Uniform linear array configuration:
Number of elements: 8
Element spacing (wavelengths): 0.25
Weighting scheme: hamming
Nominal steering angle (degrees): -45
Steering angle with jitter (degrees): -45.957
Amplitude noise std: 0.05
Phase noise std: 0.05

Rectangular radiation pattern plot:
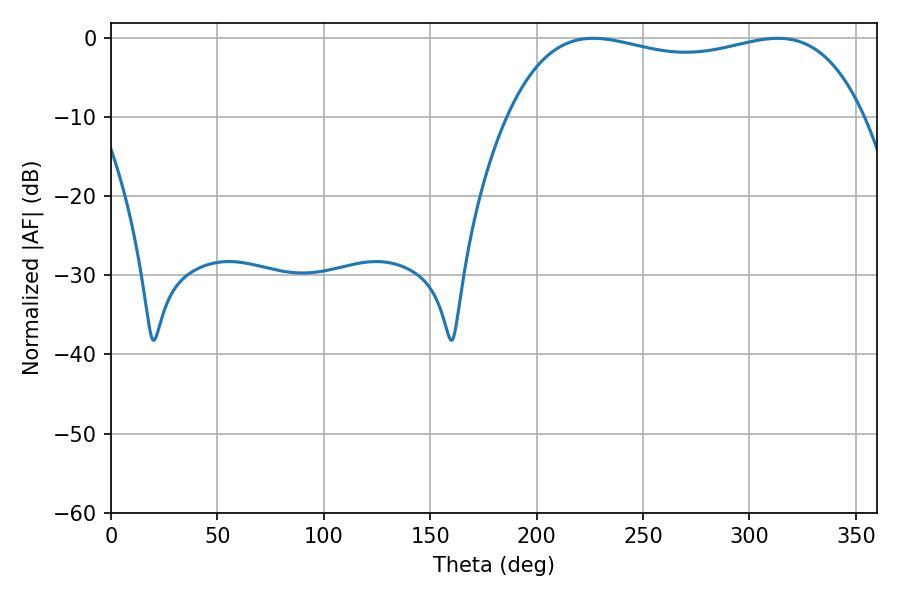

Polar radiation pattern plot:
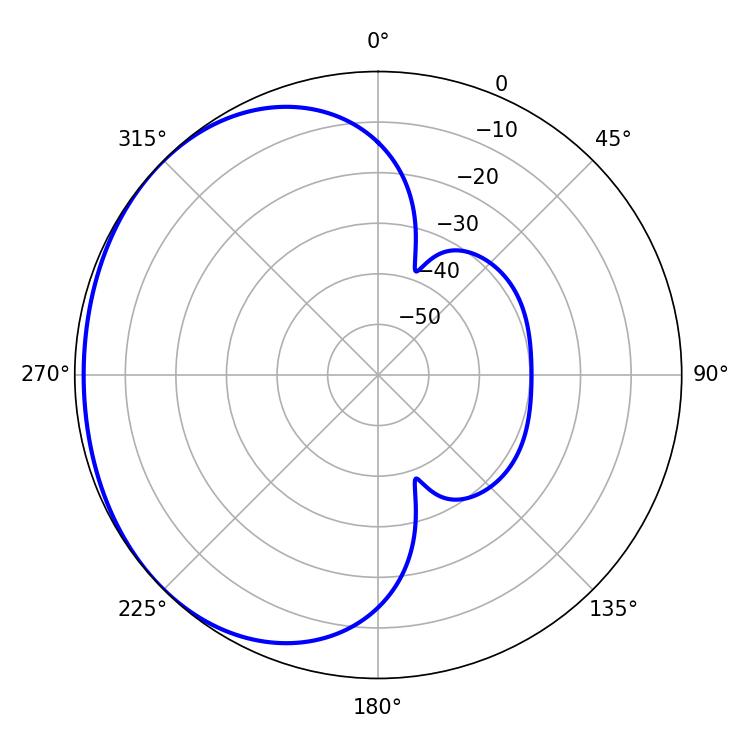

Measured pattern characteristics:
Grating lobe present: FALSE
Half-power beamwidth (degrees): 135.72
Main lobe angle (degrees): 226.62